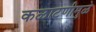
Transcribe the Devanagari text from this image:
कळाटणीमुळे